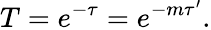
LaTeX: T=e^{-\tau}=e^{-m\tau^{\prime}}.